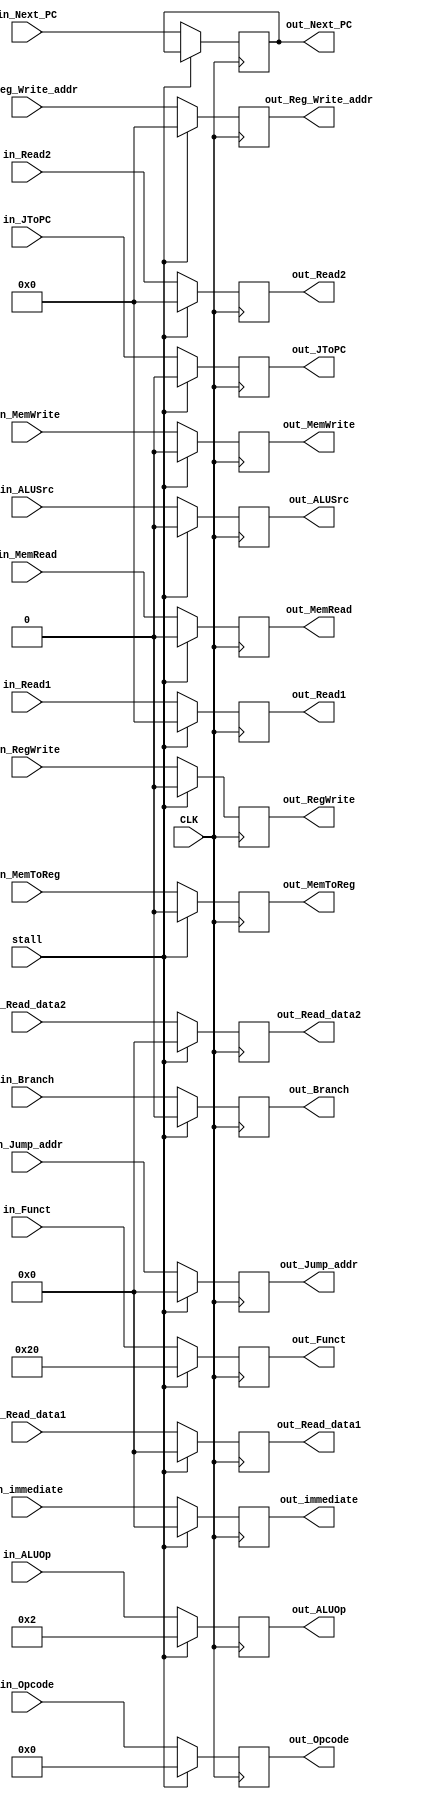
// pc+4, register data 1.2, immediate, control signals
module IDtoEX_Buffer(
  input CLK,
  input wire stall,
  input wire[31:0] in_Next_PC,
  input wire [31:0] in_Read_data1, in_Read_data2, in_immediate,
  input wire [31:0] in_Jump_addr,
  input wire [4:0] in_Read1, in_Read2,
  input wire [4:0] in_Reg_Write_addr,
  // control signal
  input wire in_ALUSrc, 
  input wire [3:0] in_ALUOp,
  input wire in_JToPC, in_Branch,
  input wire [5:0] in_Opcode, in_Funct,
  input wire in_MemWrite, in_MemRead, in_MemToReg, in_RegWrite,
  // output
  output reg [31:0] out_Next_PC,
  output reg [31:0] out_Read_data1, out_Read_data2, out_immediate,
  output reg [31:0] out_Jump_addr,
  output reg [4:0] out_Read1, out_Read2,
  output reg [4:0] out_Reg_Write_addr,
  // control signal
  output reg out_ALUSrc, 
  output reg [3:0] out_ALUOp,
  output reg out_JToPC, out_Branch,
  output reg [5:0] out_Opcode, out_Funct,
  output reg out_MemWrite, out_MemRead, out_MemToReg, out_RegWrite  );

always @(posedge CLK)
begin
  //    nop 
  // 32'b000000_00000_00000_00000_00000_100000
  if (stall == 1'b1) begin
    out_Next_PC <= out_Next_PC;
    out_Read_data1 <= 32'b0;
    out_Read_data2 <= 32'b0;
    out_immediate <= 32'b0;
    out_Jump_addr <= 32'b0;
    out_Read1 <= 5'b0;
    out_Read2 <= 5'b0;
    out_Reg_Write_addr <= 5'b0;
    
    out_ALUSrc <= 1'b0;
    out_ALUOp <= 4'b0010;
    out_JToPC <= 1'b0;
    out_Branch <= 1'b0;
    out_Opcode <= 6'b000000;
    out_Funct <= 6'b100000;
    out_MemRead <= 1'b0;
    out_MemToReg <= 1'b0;
    out_MemWrite <= 1'b0;
    out_RegWrite <= 1'b0;
    end else begin
    out_Next_PC <= in_Next_PC;
    out_Read_data1 <= in_Read_data1;
    out_Read_data2 <= in_Read_data2;
    out_immediate <= in_immediate;
    out_Jump_addr <= in_Jump_addr;
    out_Read1 <= in_Read1;
    out_Read2 <= in_Read2;
    out_Reg_Write_addr <= in_Reg_Write_addr;
    
    out_ALUSrc <= in_ALUSrc;
    out_ALUOp <= in_ALUOp;
    out_JToPC <= in_JToPC;
    out_Branch <= in_Branch;
    out_Opcode <= in_Opcode;
    out_Funct <= in_Funct;
    out_MemRead <= in_MemRead;
    out_MemToReg <= in_MemToReg;
    out_MemWrite <= in_MemWrite;
    out_RegWrite <= in_RegWrite;
    end

end

endmodule